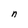
Character: n